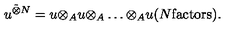
u ^ { \tilde { \otimes } N } = u { \otimes } _ { A } u { \otimes } _ { A } \ldots { \otimes } _ { A } u ( N \mathrm { f a c t o r s } ) .